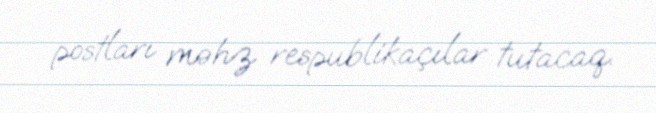
postları məhz respublikaçılar tutacaq.